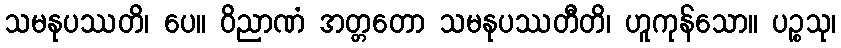
သမနုပဿတိ၊ ပေ။ ဝိညာဏံ အတ္တတော သမနုပဿတီတိ၊ ဟူကုန်သော။ ပဉ္စသု၊